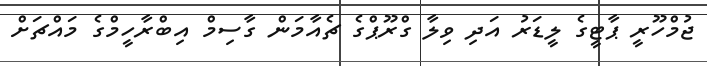
ޖުމްހޫރީ ޕާޓީގެ ލީޑަރު އަދި ވިލާ ގްރޫޕްގެ ޗެއާމަން ގާސިމް އިބްރާހީމްގެ މައްޗަށް